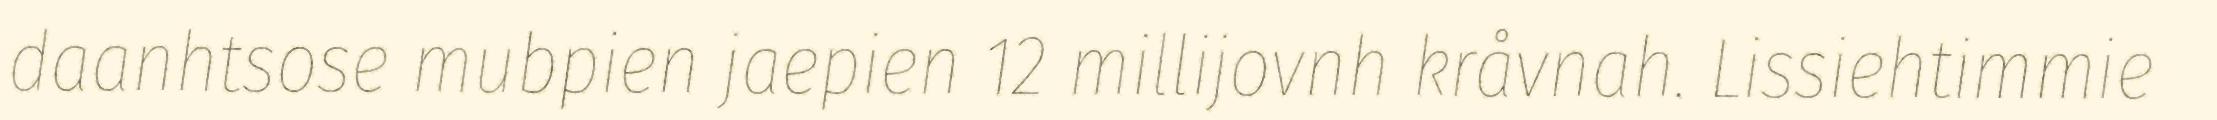
daanhtsose mubpien jaepien 12 millijovnh kråvnah. Lissiehtimmie